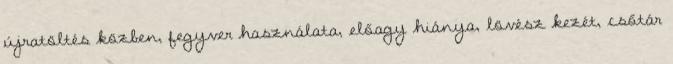
újratöltés közben, fegyver használata, előagy hiánya, lövész kezét, csőtár